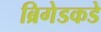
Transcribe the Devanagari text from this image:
ब्रिगेडकडे